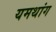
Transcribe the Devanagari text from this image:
यमथांग